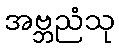
အဗ္ဘညံသု